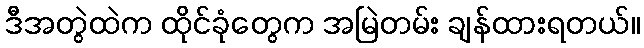
ဒီအတွဲထဲက ထိုင်ခုံတွေက အမြဲတမ်း ချန်ထားရတယ်။